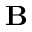
{ \bf B }